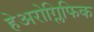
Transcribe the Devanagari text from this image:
हेअरोग्लिफिक